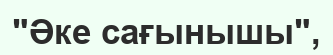
"Әке сағынышы",